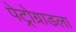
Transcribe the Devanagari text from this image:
पेट्रोग्राडला